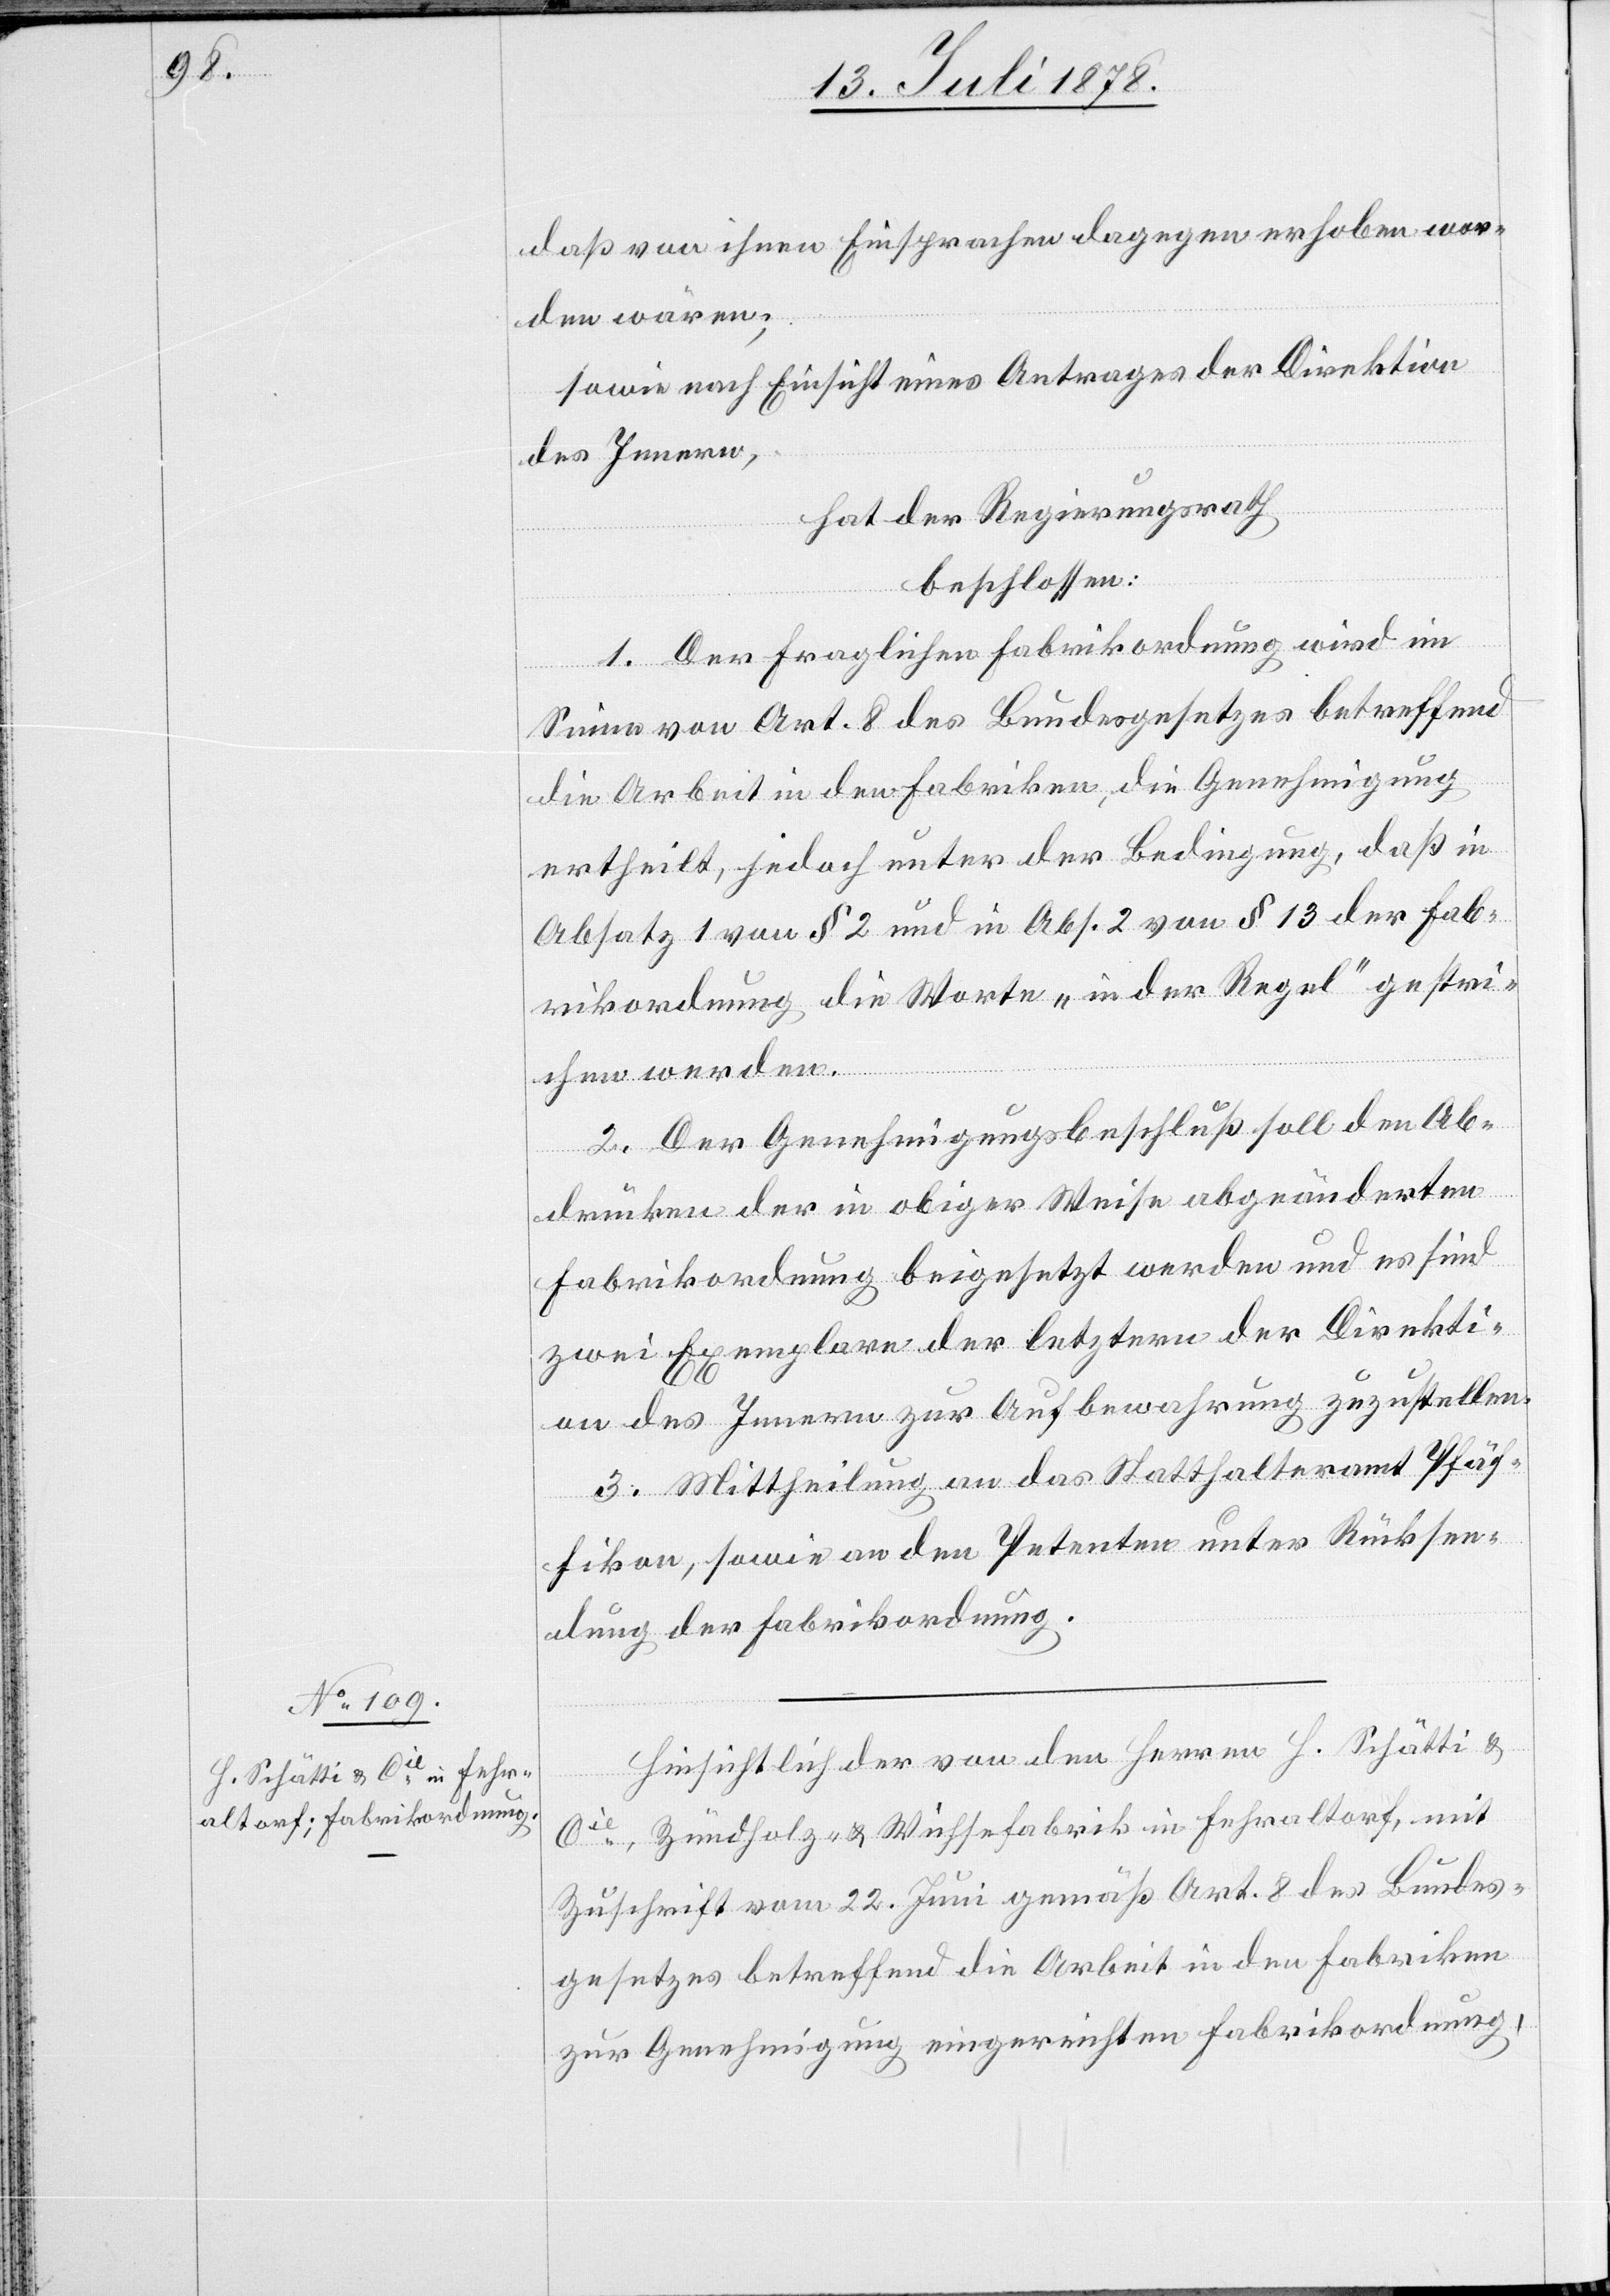
daß von ihnen Einsprachen dagegen erhoben wor¬
den wären;
sowie nach Einsicht eines Antrages der Direktion
des Innern,
hat der Regierungsrath,
beschlossen:
1. Der fraglichen Fabrikordnung wird im
Sinne von Art. 8 des Bundesgesetzes betreffend
die Arbeit in den Fabriken, die Genehmigung
ertheilt, jedoch unter der Bedingung, daß in
Absatz 1 von § 2 und in Abs. 2 von § 13 der Fab¬
rikordnung die Worte „in der Regel“ gestri¬
chen werden.
2. Der Genehmigungsbeschluß soll den Abdr¬
zwei Exemplare der letztern der Direkti¬
on des Innern zur Aufbewahrung zuzustellen.
3. Mittheilung an das Statthalteramt Pfäf¬
fikon, sowie an den Petenten unter Rücksen¬
dung der Fabrikordnung.
Hinsichtlich der von den Herren H. Schätti &
Cie, Zündholz- & Wichsefabrik in Fehraltorf, mit
Zuschrift vom 22. Juni gemäß Art. 8 des Bundes¬
gesetzes betreffend die Arbeit in den Fabriken
zur Genehmigung eingereichten Fabrikordnung,